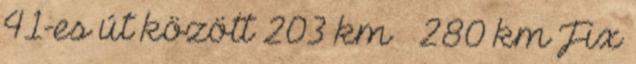
41-es út között 203 km – 280 km Fix